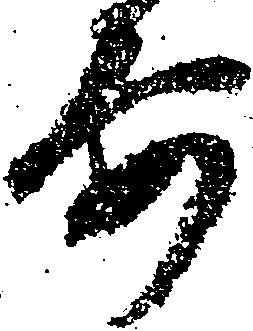
要